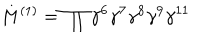
M ^ { ( 1 ) } = \prod \gamma ^ { 6 } \gamma ^ { 7 } \gamma ^ { 8 } \gamma ^ { 9 } \gamma ^ { 1 1 }